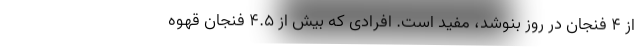
از ۴ فنجان در روز بنوشد، مفید است. افرادی که بیش از ۴.۵ فنجان قهوه